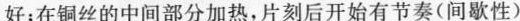
好；在铜丝的中间部分加热，片刻后开始有节奏(间歇性)